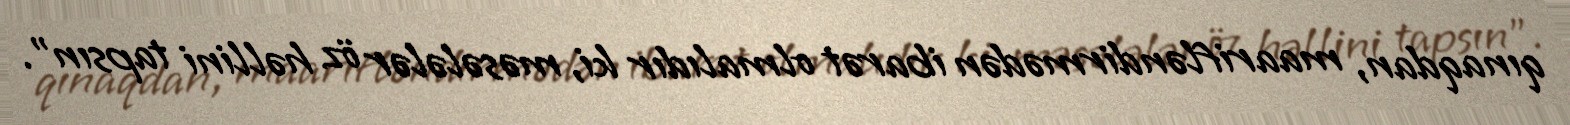
qınaqdan, maarifləndirmədən ibarət olmalıdır ki, məsələlər öz həllini tapsın”.